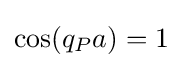
\cos(q_{P}a)=1